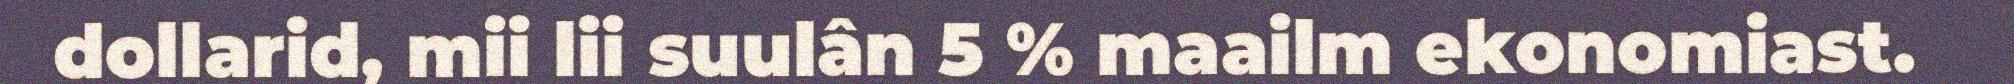
dollarid, mii lii suulân 5 % maailm ekonomiast.